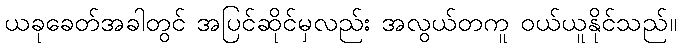
ယခုခေတ်အခါတွင် အပြင်ဆိုင်မှလည်း အလွယ်တကူ ဝယ်ယူနိုင်သည်။